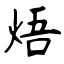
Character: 焐